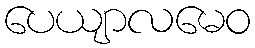
ပေယျာလမေဝ